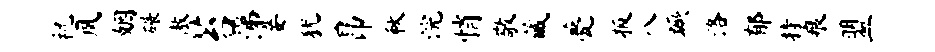
祝夙姻碾傲苔涕妾犹昂秋浣悄敬藏甍扳八蹶洛郁持痕盟